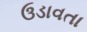
ઉડાવતા